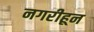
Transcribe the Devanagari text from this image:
नगरीहून